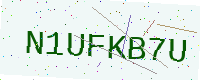
Text: N1UFKB7U